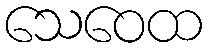
သေဝေထ